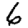
Digit: 6